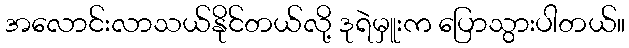
အလောင်းလာသယ်နိုင်တယ်လို့ ဒုရဲမှူးက ပြောသွားပါတယ်။